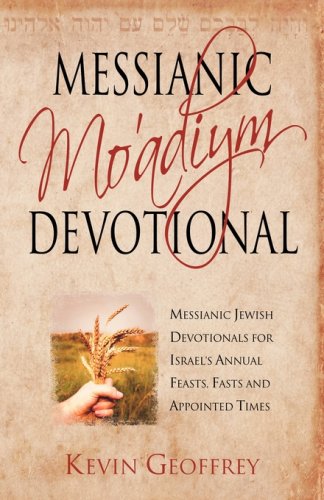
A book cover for Messianic Mo'adiym Devotional: Messianic Jewish Devotionals for Israel's Annual Feasts, Fasts and Appointed Times; Kevin Geoffrey; Christian Books & Bibles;